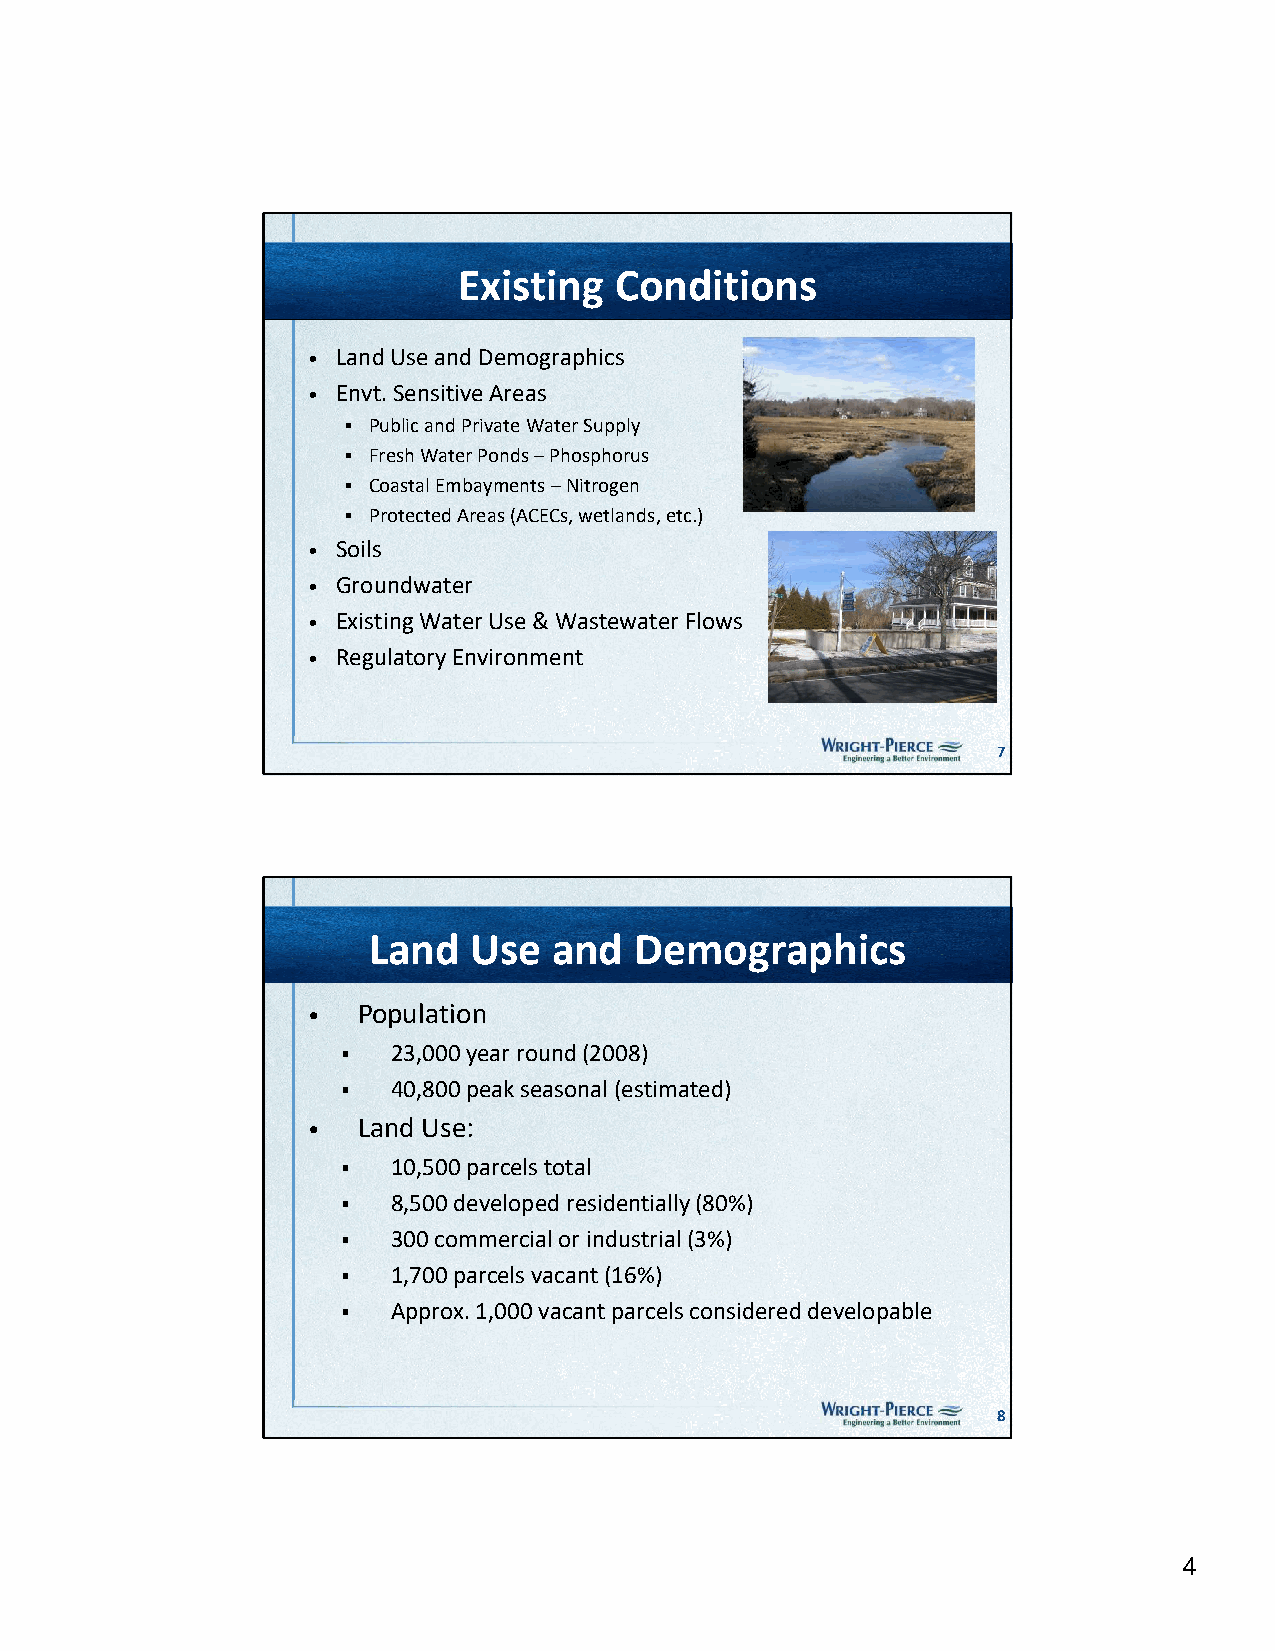
Existing   Conditions
 • Land Use and Demographics
 • Envt. Sensitive Areas
  Public and Private Water Supply
  Fresh Water Ponds –Phosphorus
  Coastal Embayments –Nitrogen
  Protected Areas (ACECs, wetlands, etc.)
 • Soils
 • Groundwater
 • Existing Water Use & Wastewater Flows
 • Regulatory Environment
 7
 Land   Use   and  Demographics
 •   Population
   23,000 year round (2008)
   40,800 peak seasonal (estimated)
 •   Land Use:
   10,500 parcels total
   8,500 developed residentially (80%)
   300 commercial or industrial (3%)
   1,700 parcels vacant (16%)
   Approx. 1,000 vacant parcels considered developable
 8
 4